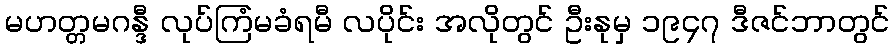
မဟတ္တမဂန္ဒီ လုပ်ကြံမခံရမီ လပိုင်း အလိုတွင် ဦးနုမှ ၁၉၄၇ ဒီဇင်ဘာတွင်